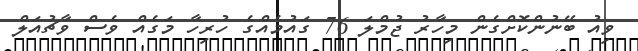
ވިއު ބޭނުންކޮށްގެން މިހާރު ޖުމްލަ 76 ގައުމެއްގެ ހުރިހާ މަގެއް ވެސް ވާޗުއަލް